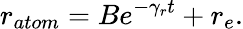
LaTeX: r_{atom}=Be^{-\gamma_{r}t}+r_{e}.